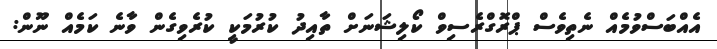
އެއްބަސްވުމެއް ނެތިވެސް ޕްރޮގްރެސިވް ކޯލިޝަނަށް ތާއިދު ކުރުމަކީ ކުރެވިގެން ވާނެ ކަމެއް ނޫން: